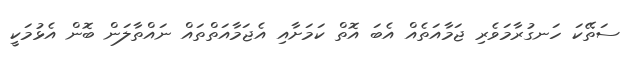
ސަތޭކަ ހަނގުރާމަވެރި ޖަމާއަތެއް އެބަ އޮތް ކަމަށާއި އެޖަމާއަތްތައް ނައްތާލަން ބޮން އެޅުމަކީ